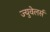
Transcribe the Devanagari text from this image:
ज्युवेलर्स